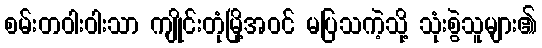
စမ်းတဝါးဝါးသာ ကျိုင်းတုံမြို့အဝင် မပြသကဲ့သို့ သုံးစွဲသူများ၏